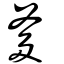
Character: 爹